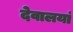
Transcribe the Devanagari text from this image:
देवालयां